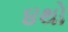
૪થો